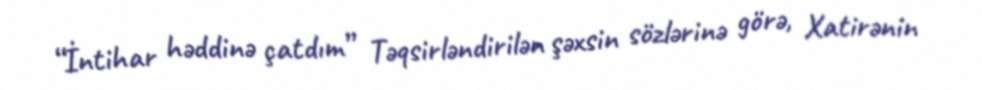
“İntihar həddinə çatdım” Təqsirləndirilən şəxsin sözlərinə görə, Xatirənin